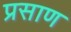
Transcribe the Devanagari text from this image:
प्रसाण